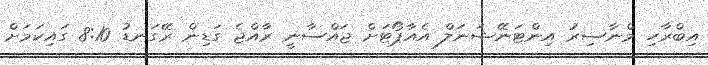
އިބްރާހި މްނާސިރު އިންޓަނޭޝަނަލް އެއާޕޯޓަށް ޖައްސާނީ ރާއްޖެ ގަޑިން ރޭގަނޑު 8:10 ގައިކަމަށް